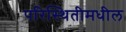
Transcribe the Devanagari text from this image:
परिस्थितीमधील